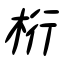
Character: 桁